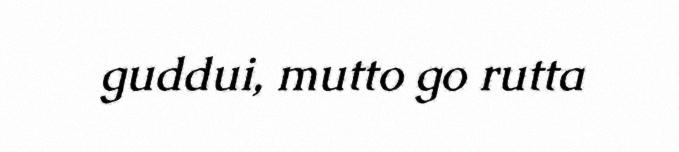
guddui, mutto go rutta